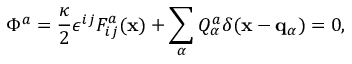
\Phi ^ { a } = { \frac { \kappa } { 2 } } \epsilon ^ { i j } F _ { i j } ^ { a } ( { \bf x } ) + \sum _ { \alpha } Q _ { \alpha } ^ { a } \delta ( { \bf x } - { \bf q } _ { \alpha } ) = 0 ,